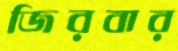
জিরবার